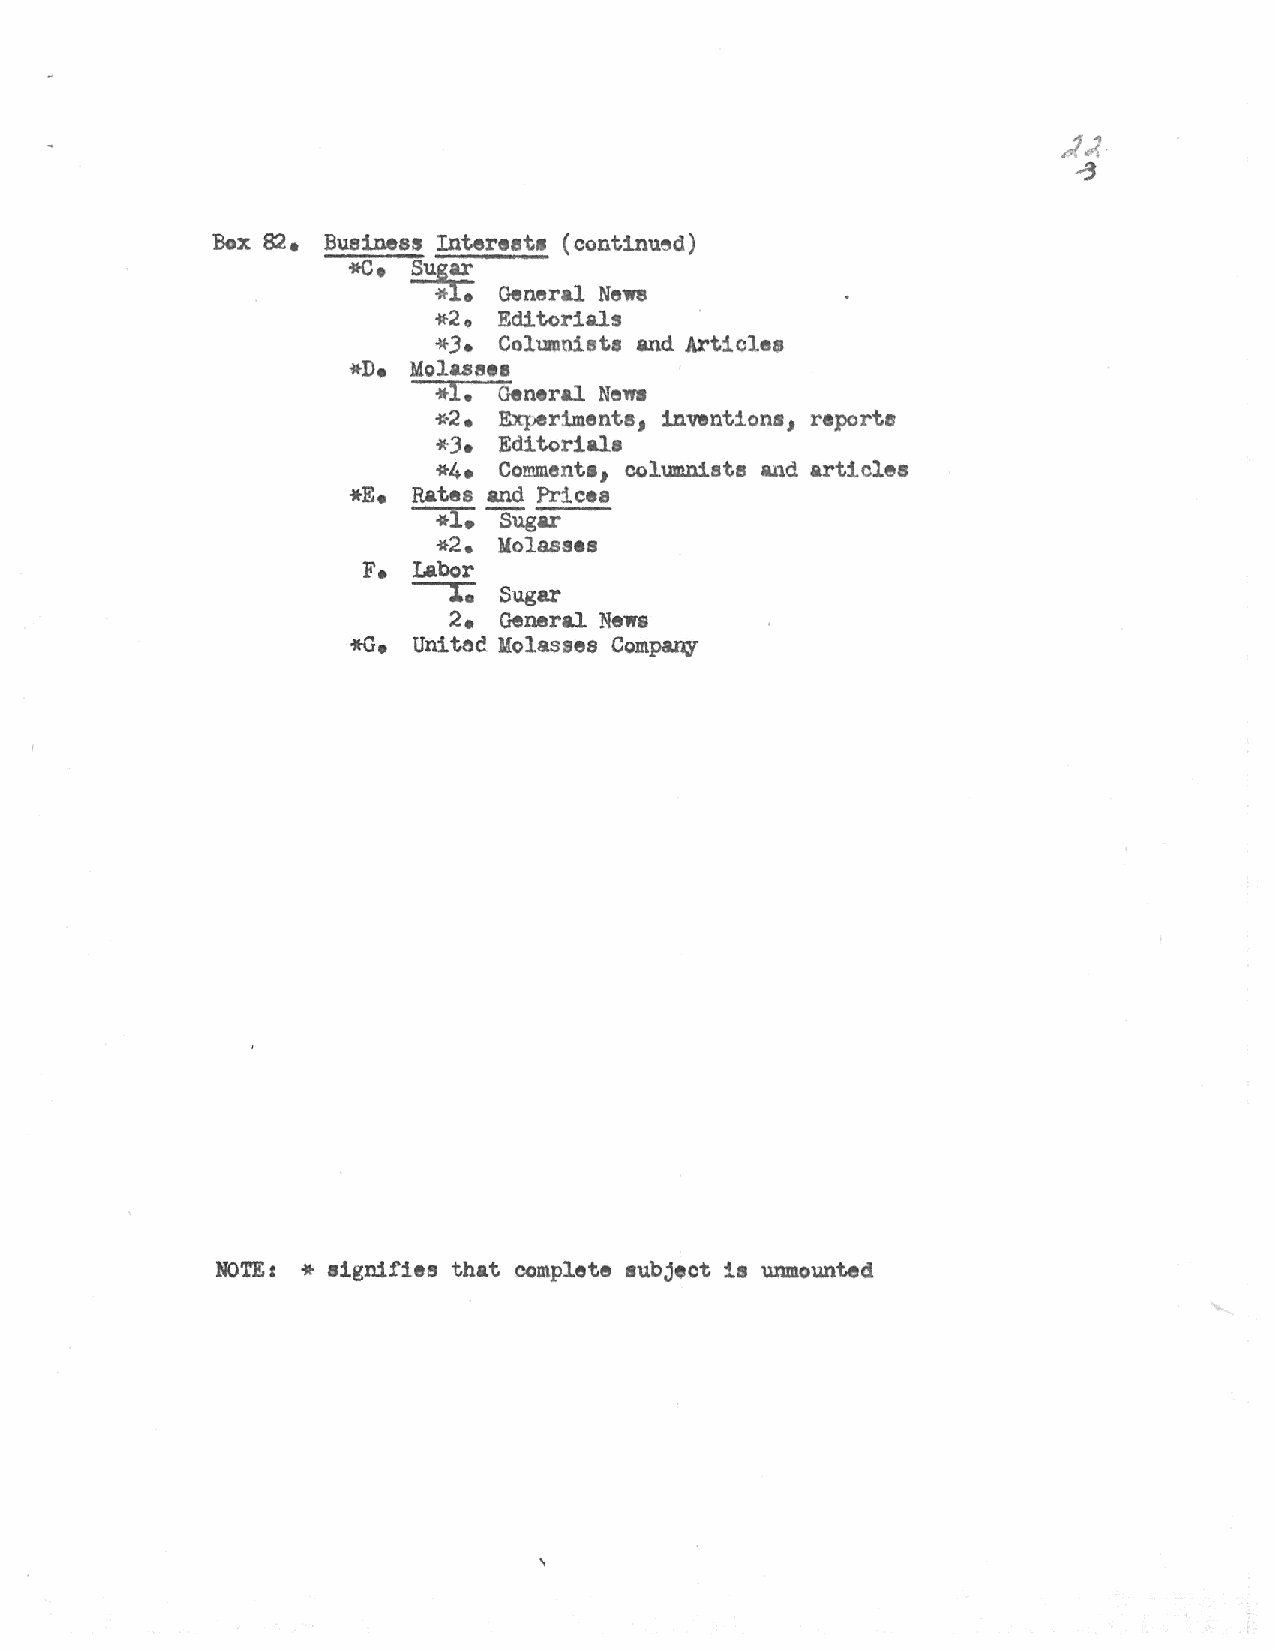
Box 82 • Business Interest• (continued)
 --c.
 ~.
 ~     General Newe
 *2  Editorials
 o
 *.3• Columnists and .Articles
 Molassea
 *l• Gen•ral Nel'f8
 *2•            inventions, reportc
 ~riments,
 *3• Editorials
 *4• Commenta, columnists and articles
 Rates and Prices
 --:;r;
 Sugar
 *2• :Yolass•s
 F. Labor
 1.
 Sugar
 2 • General News
 tee
 *G. Uni   Molasses Company
 *
 NO'l'E r signifies that complete subject is unmounted